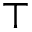
\top